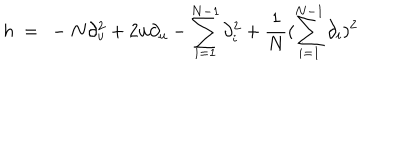
h \ = \ - N \partial _ { u } ^ { 2 } + 2 u \partial _ { u } - \sum _ { i = 1 } ^ { N - 1 } \partial _ { i } ^ { 2 } + \frac { 1 } { N } ( \sum _ { i = 1 } ^ { N - 1 } \partial _ { i } ) ^ { 2 }